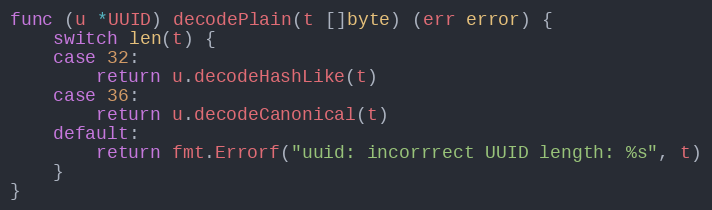
Language: Go
func (u *UUID) decodePlain(t []byte) (err error) {
	switch len(t) {
	case 32:
		return u.decodeHashLike(t)
	case 36:
		return u.decodeCanonical(t)
	default:
		return fmt.Errorf("uuid: incorrrect UUID length: %s", t)
	}
}